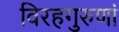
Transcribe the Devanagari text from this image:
विरहगुरुणां